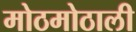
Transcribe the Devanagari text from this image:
मोठमोठाली